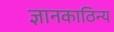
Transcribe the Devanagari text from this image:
ज्ञानकाठिन्य